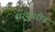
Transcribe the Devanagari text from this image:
सरयुपरीन